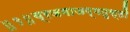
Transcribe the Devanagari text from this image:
॥१॥व्रजमाजग्मतुस्तौ